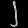
Digit: ၂